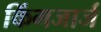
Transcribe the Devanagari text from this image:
किंगजार्ज